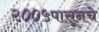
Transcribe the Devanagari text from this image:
२००५पासूनचे